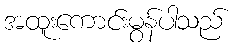
အထူးကောင်းမွန်ပါသည်